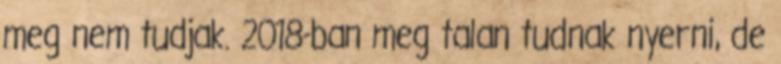
meg nem tudjak. 2018-ban meg talan tudnak nyerni, de